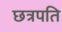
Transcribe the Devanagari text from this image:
छत्रपति